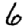
Digit: 6